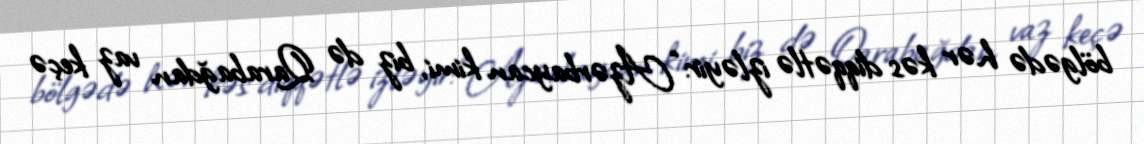
bölgədə hər kəs diqqətlə izləyir: “Azərbaycan kimi, biz də Qarabağdan vaz keçə